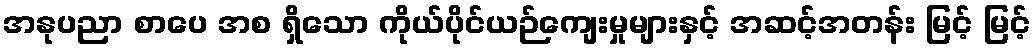
အနုပညာ စာပေ အစ ရှိသော ကိုယ်ပိုင်ယဉ်ကျေးမှုများနှင့် အဆင့်အတန်း မြင့် မြင့်